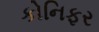
કોનિફર